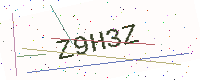
Text: Z9H3Z